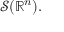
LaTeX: { \mathcal { S } } ( \mathbb { R } ^ { n } ) .